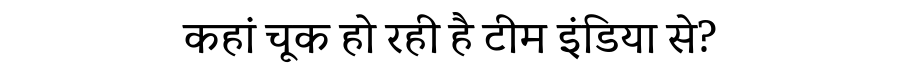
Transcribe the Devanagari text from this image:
कहां चूक हो रही है टीम इंडिया से?